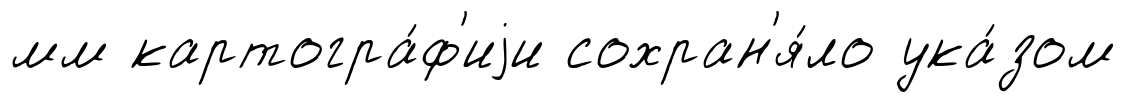
мм картогра́ф'иjи сохран'я́ло ука́зом